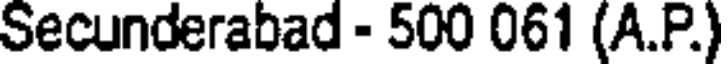
Secunderabad - 500 061 (A.P.)